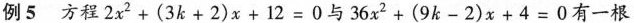
例5 方程$$2 x ^ { 2 } + ( 3 k + 2 ) x + 1 2 = 0$$与$$3 6 x ^ { 2 } + ( 9 k - 2 ) x + 4 = 0$$有一根